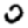
Digit: 0